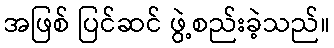
အဖြစ် ပြင်ဆင် ဖွဲ့စည်းခဲ့သည်။